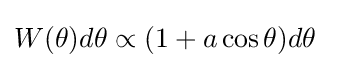
W(\theta )d\theta \propto (1+a\cos \theta )d\theta ~